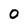
Character: o